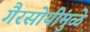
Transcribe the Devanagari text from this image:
गैरसोयींमुळे